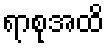
ရာစုအထိ